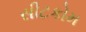
સીટકોમ